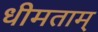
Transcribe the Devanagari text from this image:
धीमताम्